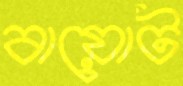
বায়োট